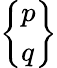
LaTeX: \left\{ \begin{array}{l}{p}\\ {q}\end{array}\right\}